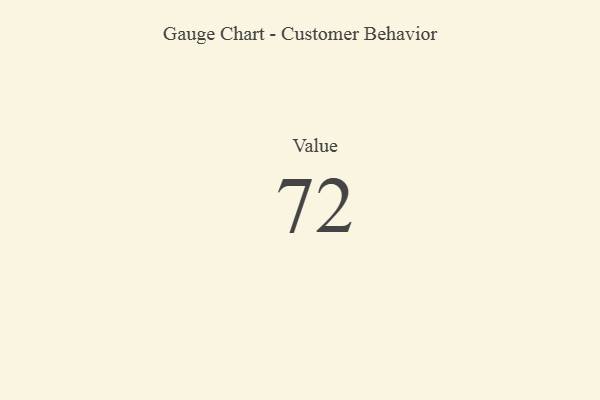
{"axis": {"x": "Metric", "y": "Value"}, "legend": [""], "data": [{"x": "Value", "y": 72, "type": ""}]}